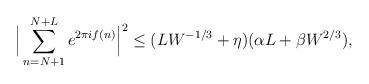
LaTeX: \begin{align*}\Big|\sum_{n=N+1}^{N+L} e^{2\pi i f(n)} \Big|^2 \le (L W^{-1/3} +\eta)(\alpha L + \beta W^{2/3}), \end{align*}